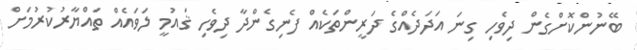
ބޭނުންކޮށްގެން ދިވެހި ގިނަ އަދަަދެއްގެ ދަރީންތަކެއް ފެނިގެންދާ ދިވެހި ޤައުމީ ލަވައެއް ތައްޔާރުކުރުމަށް